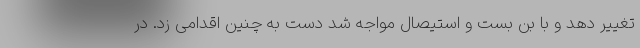
تغییر دهد و با بن بست و استیصال مواجه شد دست به چنین اقدامی زد. در